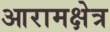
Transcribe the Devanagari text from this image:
आरामक्षेत्र